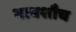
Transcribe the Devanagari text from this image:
भावशौच